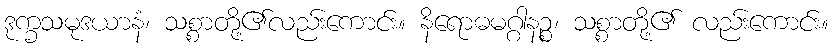
ဒုက္ခသမုဒယာနံ၊ သစ္စာတို့၏လည်းကောင်း။ နိရောဓမဂ္ဂါနဉ္စ၊ သစ္စာတို့၏ လည်းကောင်း။